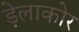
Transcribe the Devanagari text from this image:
ड़ेलाकोर